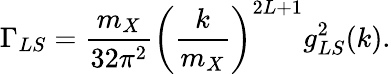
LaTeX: \Gamma_{LS}={\frac{m_{X}}{32\pi^{2}}}\left({\frac{k}{m_{X}}}\right)^{2L+1}g_{LS}^{2}(k).